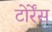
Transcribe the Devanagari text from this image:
टोर्रेंस